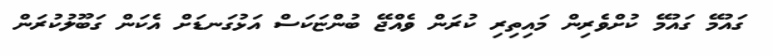
ގައުމޭ ގައުމޭ ކުށްވެރިން މައިތިރި ކުރަން ވެއްޖޭ ބުންޏަކަސް އަޅުގަނޑަށް އެކަން ގަބޫލުކުރަން